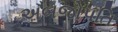
અબજોપતિ